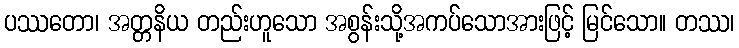
ပဿတော၊ အတ္တနိယ တည်းဟူသော အစွန်းသို့အကပ်သောအားဖြင့် မြင်သော။ တဿ၊